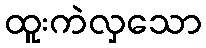
ထူးကဲလှသော